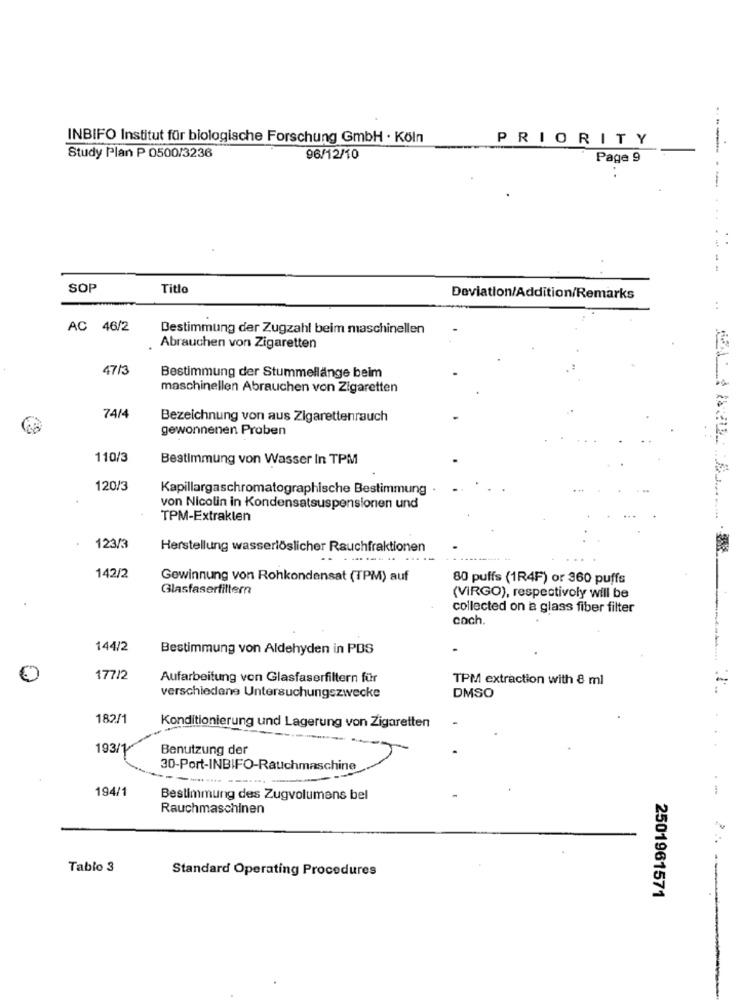
INBIFO Institut für biologische Forschung GmbH · Köln
PRIORITY
Study Plan P 0500/3236
96/12/10
Page 9
..
------------
SOP
Titlo
Deviation/Addition/Remarks
AC 46/2
Bestimmung der Zugzahl beim maschinellen
Abrauchen von Zigaretten
47/3
Bestimmung der Stummellänge beim
maschinellen Abrauchen von Zigaretten
74/4
Bezeichnung von aus Zigarettenrauch
gewonnenen Proben
110/3
Bestimmung von Wasser In TPM
120/3
Kapillargaschromatographische Bestimmung
von Nicolin in Kondensatsuspensionen und
TPM-Extraklen
123/3
Herstellung wasserlöslicher Rauchfraktionen
142/2
Gewinnung von Rohkondensat (TPM) auf
80 puffs (1R4F) or 360 puffs
Glasfaserfiltern
(VIRGO), respectively will be
collected on a glass fiber filter
coch
144/2
Bestimmung von Aldehyden in PDS
177/2
Aufarbeitung von Glasfaserfiltern für
TPM extraction with 8 ml
verschiedene Untersuchungszwecke
DMSO
182/1
Konditionierung und Lagerung von Zigaretten
193/1
Benutzung der
30-Port-INBIFO-Rauchmaschine
194/1
Bestimmung des Zugvolumens bel
Rauchmaschinen
Tablo 3
Standard Operating Procedures
2501961571